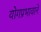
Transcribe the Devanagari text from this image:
योगप्रभावाने